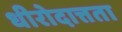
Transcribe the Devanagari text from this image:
धीरोदात्तता